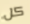
كل